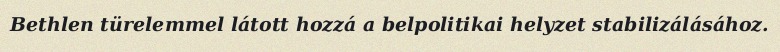
Bethlen türelemmel látott hozzá a belpolitikai helyzet stabilizálásához.